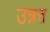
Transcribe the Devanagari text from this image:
उन्नत्त